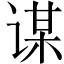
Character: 谋